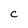
Character: C